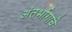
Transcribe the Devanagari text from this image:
अंतर्भागाचे